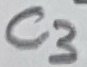
Text: C3